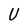
Character: U